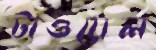
টাওয়েল